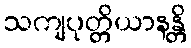
သကျပုတ္တိယာနန္တိ